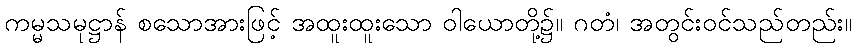
ကမ္မသမုဋ္ဌာန် စသောအားဖြင့် အထူးထူးသော ဝါယောတို့၌။ ဂတံ၊ အတွင်းဝင်သည်တည်း။